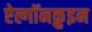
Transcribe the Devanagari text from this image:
ऐल्गॉनक़ुइन